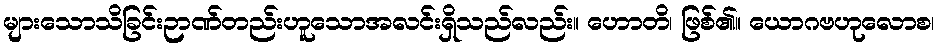
များသောသိခြင်းဉာဏ်တည်းဟူသောအလင်းရှိသည်လည်း။ ဟောတိ၊ ဖြစ်၏။ ယောဂဗဟုလောစ၊